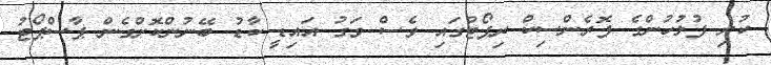
ކުރި ފުލުހުންގެ ފޮރެންސިކް ރިޕޯޓުގައި ވެސް ވަގު އައިޑީ ކާޑު ބޭނުންކޮށްގެން ޕާސްޕޯޓު